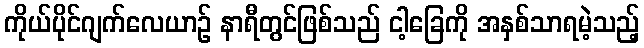
ကိုယ်ပိုင်ဂျက်လေယာဉ် နာရီတွင်ဖြစ်သည် ငါ့ခြေကို အနှစ်သာရမဲ့သည့်